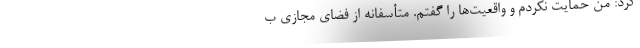
کرد: من حمایت نکردم و واقعیت‌ها را گفتم. متأسفانه از فضای مجازی ب